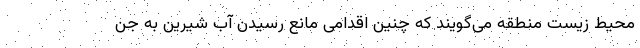
محیط زیست منطقه می‌گویند که چنین اقدامی مانع رسیدن آب شیرین به جن